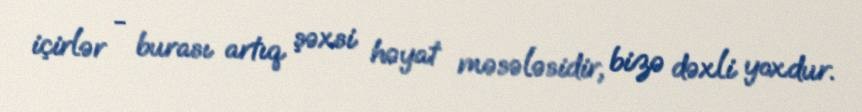
içirlər - burası artıq şəxsi həyat məsələsidir, bizə dəxli yoxdur.